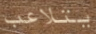
يتلاعب